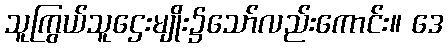
သူကြွယ်သူဌေးမျိုး၌သော်လည်းကောင်း။ ဒေ